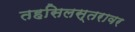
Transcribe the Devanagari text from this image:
तहसिलस्तरावर